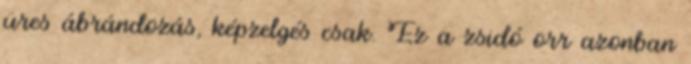
üres ábrándozás, képzelgés csak. Ez a zsidó orr azonban